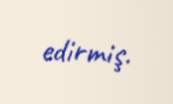
edirmiş.